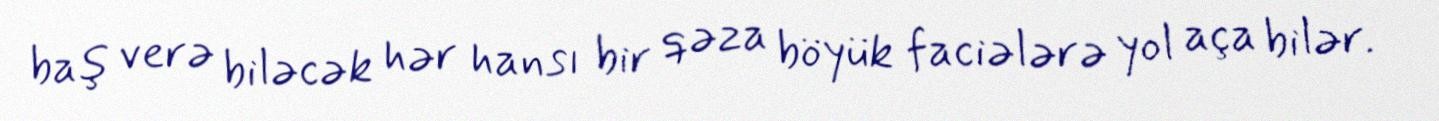
baş verə biləcək hər hansı bir qəza böyük faciələrə yol aça bilər.